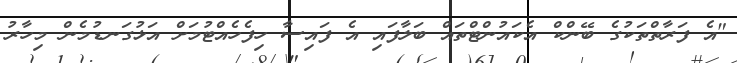
"އެ ފަރާތްތަކުގެ ބޭންކް އެކައުންޓްތައް ބަލާފައި އެ ފައިސާ ހިފެހެއްޓުމަށް އަޅުގަނޑުމެން މިހާރު